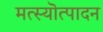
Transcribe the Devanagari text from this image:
मत्स्यॊत्पादन